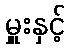
မှူးနှင့်